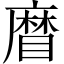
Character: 𥉵